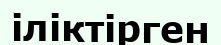
іліктірген